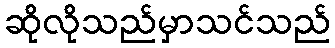
ဆိုလိုသည်မှာသင်သည်